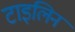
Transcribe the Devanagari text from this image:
टाइलिन